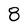
Character: 8